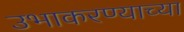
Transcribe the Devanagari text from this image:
उभाकरण्याच्या